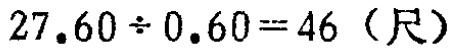
\(27.60\div0.60 = 46\)（尺）